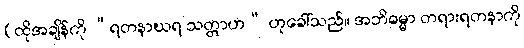
(ထိုအချိန်ကို “ရတနာဃရ သတ္တာဟ” ဟုခေါ်သည်။ အဘိဓမ္မာ တရားရတနာကို